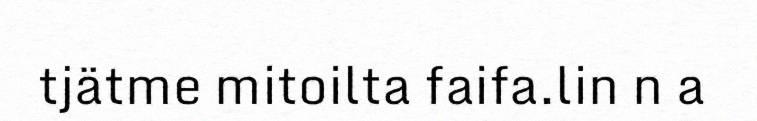
tjätme mitoilta faifa.lin n a